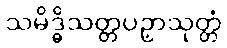
သမိဒ္ဓိသတ္တပဉှာသုတ္တံ